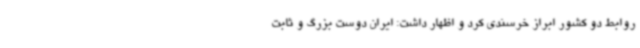
روابط دو کشور ابراز خرسندی کرد و اظهار داشت: ایران دوست بزرگ و ثابت